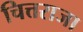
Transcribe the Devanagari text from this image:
चित्तराजा